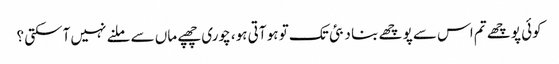
کوئی پوچھے تم اس سے پوچھے بنا دبئی تک تو ہو آتی ہو، چوری چھپے ماں سے ملنے نہیں آسکتی ؟